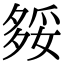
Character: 𡖲